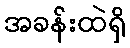
အခန်းထဲရှိ